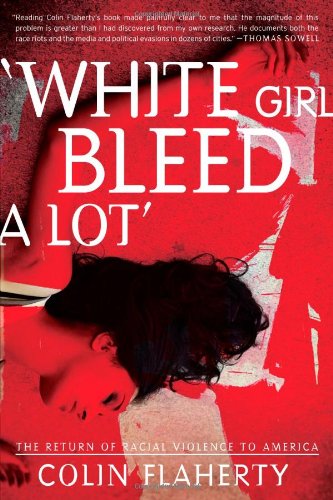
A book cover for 'White Girl Bleed A Lot': The Return of Racial Violence to America and How the Media Ignore It; Colin Flaherty; Politics & Social Sciences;